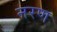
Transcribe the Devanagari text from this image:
नरण